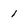
Character: 1